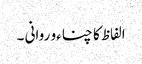
الفاظ کا چناءو روانی ۔